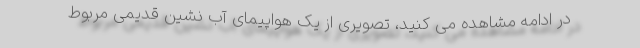
در ادامه مشاهده می کنید، تصویری از یک هواپیمای آب نشین قدیمی مربوط